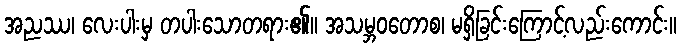
အညဿ၊ လေးပါးမှ တပါးသောတရား၏။ အသမ္ဘဝတောစ၊ မရှိခြင်းကြောင့်လည်းကောင်း။